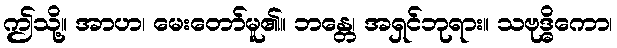
ဤသို့။ အာဟ၊ မေးတော်မူ၏။ ဘန္တေ၊ အရှင်ဘုရား။ သဗုဒ္ဓိကော၊